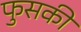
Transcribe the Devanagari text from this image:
फुसकी